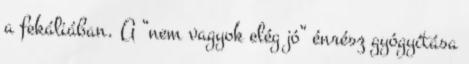
a fekáliában. A “nem vagyok elég jó” énrész gyógyítása